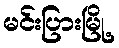
မင်းပြားမြို့